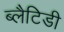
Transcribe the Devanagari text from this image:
ब्लैटिडी